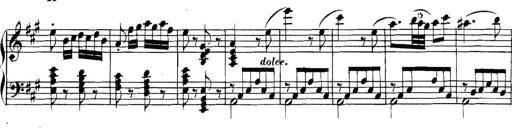
Title: Collected Piano Sonatas
Composer: Muzio Clementi